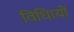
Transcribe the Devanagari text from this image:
विधिायों